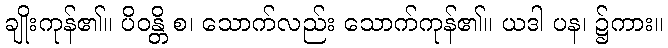
ချိုးကုန်၏။ ပိဝန္တိ စ၊ သောက်လည်း သောက်ကုန်၏။ ယဒါ ပန၊ ၌ကား။